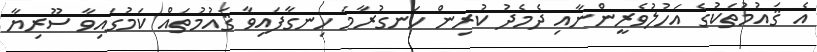
އެ ޤައުމުތަކުގެ އަހުލުވެރީންނާއި ދެމެދު ކުރިން ހަނގުރާމަ ހިނގާފައިވާ ޤައުމުތައް ކަމުގައިވާ ސޫރިޔާ